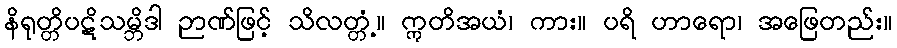
နိရုတ္တိပဋိသမ္ဘိဒါ ဉာဏ်ဖြင့် သိလတ္တံ့။ ဣတိအယံ၊ ကား။ ပရိ ဟာရော၊ အဖြေတည်း။